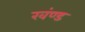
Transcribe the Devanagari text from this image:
खंण्ड